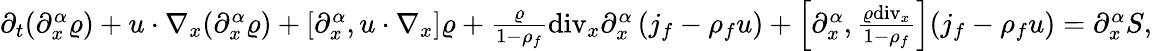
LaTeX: \begin{array}{r}{\partial_{t}(\partial_{x}^{\alpha}\varrho)+u\cdot\nabla_{x}(\partial_{x}^{\alpha}\varrho)+[\partial_{x}^{\alpha},u\cdot\nabla_{x}]\varrho+\frac{\varrho}{1-\rho_{f}}\mathrm{div}_{x}\partial_{x}^{\alpha}\left(j_{f}-\rho_{f}u\right)+\left[\partial_{x}^{\alpha},\frac{\varrho\mathrm{div}_{x}}{1-\rho_{f}}\right](j_{f}-\rho_{f}u)=\partial_{x}^{\alpha}S,}\end{array}